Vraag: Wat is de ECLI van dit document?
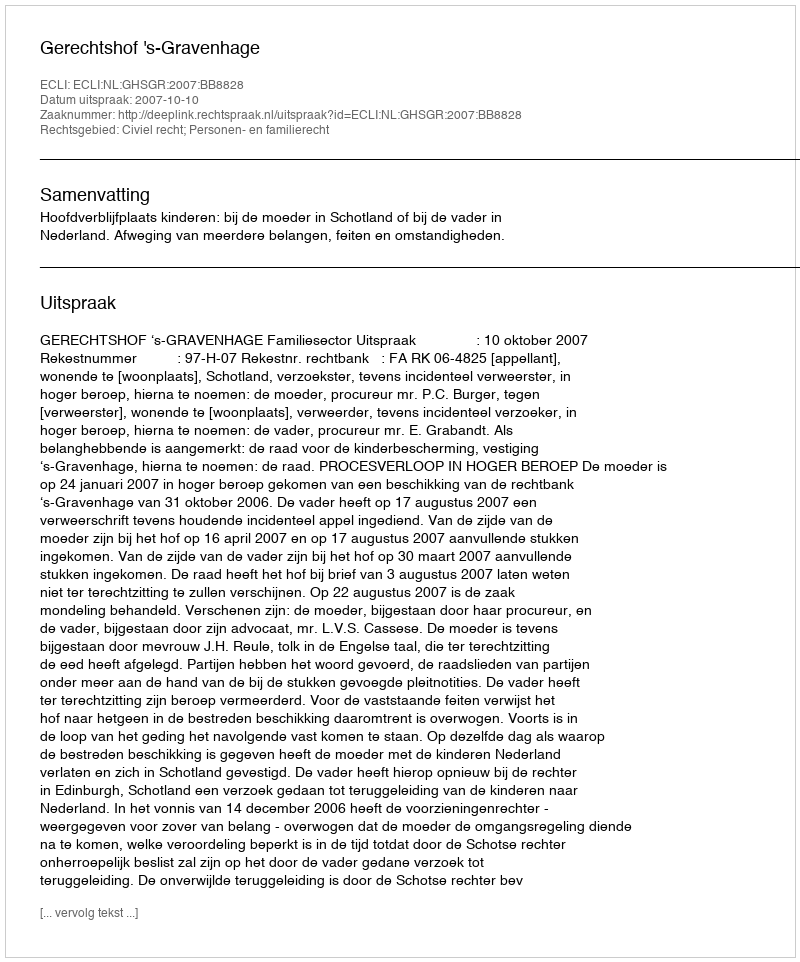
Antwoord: ECLI:NL:GHSGR:2007:BB8828